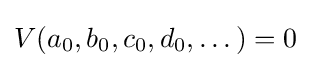
V(a_{0},b_{0},c_{0},d_{0},\dots )=0